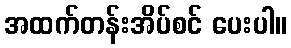
အထက်တန်းအိပ်စင် ပေးပါ။